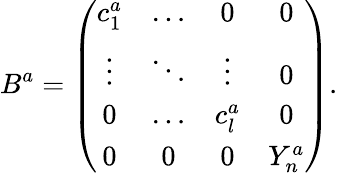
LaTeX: B^{a}=\left(\begin{array}{cccc}{{c_{1}^{a}}}&{{\ldots}}&{{0}}&{{0}}\\ {{\vdots}}&{{\ddots}}&{{\vdots}}&{{0}}\\ {{0}}&{{\ldots}}&{{c_{l}^{a}}}&{{0}}\\ {{0}}&{{0}}&{{0}}&{{Y_{n}^{a}}}\end{array}\right).